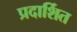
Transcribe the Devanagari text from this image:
प्रदार्शित